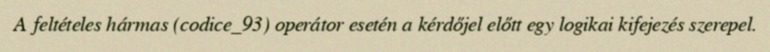
A feltételes hármas (codice_93) operátor esetén a kérdőjel előtt egy logikai kifejezés szerepel.